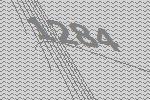
1284